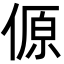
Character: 傆